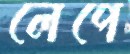
লেপে